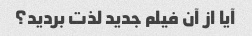
آیا از آن فیلم جدید لذت بردید؟